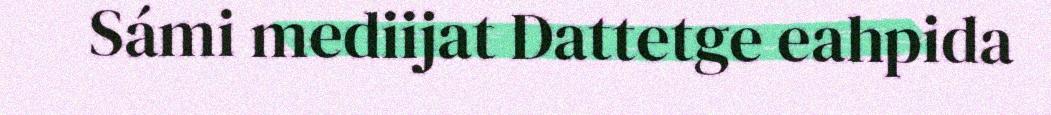
Sámi mediijat Dattetge eahpida